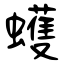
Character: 蠖